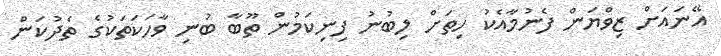
އޭނައަށް ޒިވްޔަން ފެނުމާއެކު ހިތަށް ލިބުނު ފިނިކަމުން ތޫބާ ބުނި ވާހަކަތަކުގެ ތެދުކަން